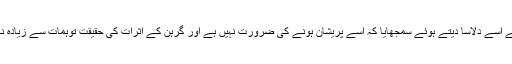
ڈاکٹر نے اسے دلاسا دیتے ہوئے سمجھایا کہ اسے پریشان ہونے کی ضرورت نہیں ہے اور گرہن کے اثرات کی حقیقت توہمات سے زیادہ نہیں ہے۔